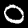
Digit: 0